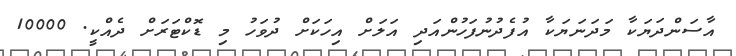
އާސަންދަޔަކާ މަދަނަޔަކާ އުފެދުނުފަހުންއަދި އަލަށް އިހަކަށް ދުވަހު މި ޑޮކްޓަރަށް ދެއްކީ. 10000